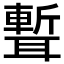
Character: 𦗚